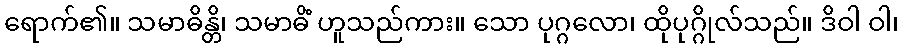
ရောက်၏။ သမာဓိန္တိ၊ သမာဓိံ ဟူသည်ကား။ သော ပုဂ္ဂလော၊ ထိုပုဂ္ဂိုလ်သည်။ ဒိဝါ ဝါ၊